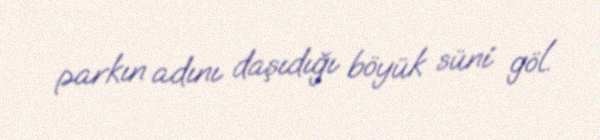
parkın adını daşıdığı böyük süni göl.